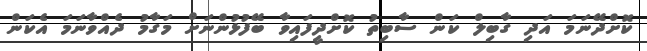
ކޮށްދޭނަމަ އަދި ގާބިލް ކަން ސާބިތު ކޮށްދީފައިވާ ބޭފުޅުންނަށް މަގާމު ދެއްވާނަމަ އެކަން